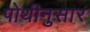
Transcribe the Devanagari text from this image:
पोथीनुसार